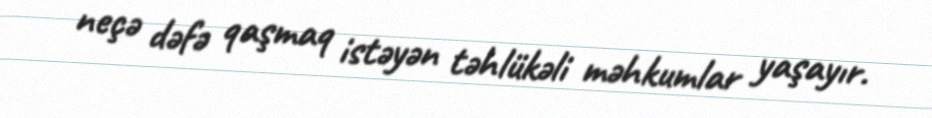
neçə dəfə qaşmaq istəyən təhlükəli məhkumlar yaşayır.